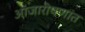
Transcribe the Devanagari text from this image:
आजारीपणांत